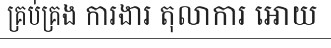
គ្រប់គ្រង ការងារ តុលាការ អោយ